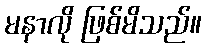
မနာလို ဖြစ်မိသည်။